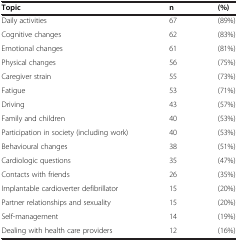
<table><thead><tr><td><b>Topic</b></td><td><b>n</b></td><td><b>(%)</b></td></tr></thead><tbody><tr><td>Daily activities</td><td>67</td><td>(89%)</td></tr><tr><td>Cognitive changes</td><td>62</td><td>(83%)</td></tr><tr><td>Emotional changes</td><td>61</td><td>(81%)</td></tr><tr><td>Physical changes</td><td>56</td><td>(75%)</td></tr><tr><td>Caregiver strain</td><td>55</td><td>(73%)</td></tr><tr><td>Fatigue</td><td>53</td><td>(71%)</td></tr><tr><td>Driving</td><td>43</td><td>(57%)</td></tr><tr><td>Family and children</td><td>40</td><td>(53%)</td></tr><tr><td>Participation in society (including work)</td><td>40</td><td>(53%)</td></tr><tr><td>Behavioural changes</td><td>38</td><td>(51%)</td></tr><tr><td>Cardiologic questions</td><td>35</td><td>(47%)</td></tr><tr><td>Contacts with friends</td><td>26</td><td>(35%)</td></tr><tr><td>Implantable cardioverter defibrillator</td><td>15</td><td>(20%)</td></tr><tr><td>Partner relationships and sexuality</td><td>15</td><td>(20%)</td></tr><tr><td>Self-management</td><td>14</td><td>(19%)</td></tr><tr><td>Dealing with health care providers</td><td>12</td><td>(16%)</td></tr></tbody></table>